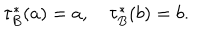
\tau _ { B } ^ { * } ( a ) = a , \quad \tau _ { B } ^ { * } ( b ) = b .